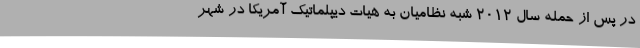
در پس از حمله سال 2012 شبه نظامیان به هیات دیپلماتیک آمریکا در شهر